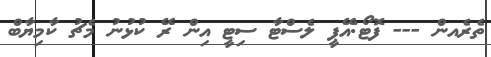
ތެރެއން --- ފޮޓޯ:އޭޕީ ލެސްޓާ ސިޓީ އިން ރޭ ކުޅުނު މެޗު ކާމިޔާބް